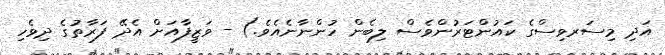
އަދި މިސަރވިސްގެ ކައުންޓަރުންވެސް ލިބެން ހުންނާނެއެވެ.) - ވަޒީފާއަށް އެދޭ ފަރާތުގެ ދިވެހި